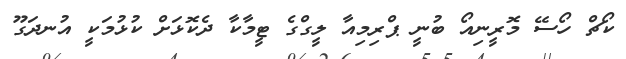
ކޯޗް ހޯސޭ މޮރީނިއޯ ބުނީ ޕްރިމިއާ ލީގްގެ ޓީމާކާ ދެކޮޅަށް ކުޅުމަކީ އުނދަގޫ